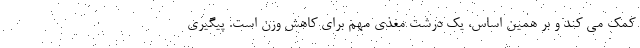
کمک می کند و بر همین اساس، یک درشت مغذی مهم برای کاهش وزن است. پیگیری